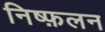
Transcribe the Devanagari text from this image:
निष्फ़लन